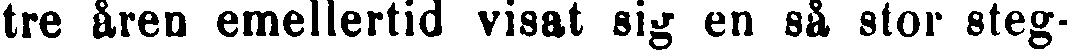
tre åren emellertid visat sig en så stor steg-